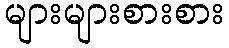
များများစားစား